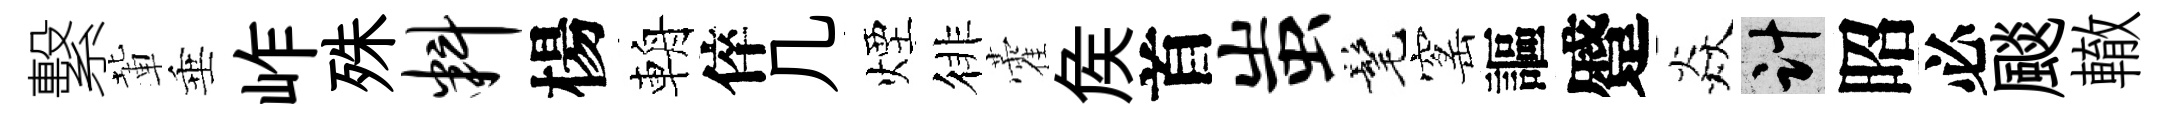
繫輩垂岞殊料楊輈倅几煙徘藿矦首蚩髦窰謳蹙焱計昭必颷轍